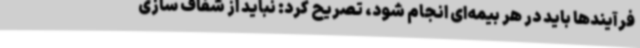
فرآیندها باید در هر بیمه‌ای انجام شود، تصریح کرد: نباید از شفاف سازی